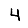
Digit: 4